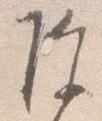
除